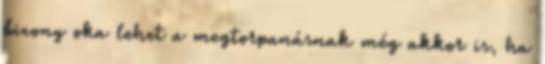
bizony oka lehet a megtorpanásnak még akkor is, ha